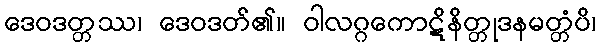
ဒေဝဒတ္တဿ၊ ဒေဝဒတ်၏။ ဝါလဂ္ဂကောဋိနိတ္တုဒနမတ္တံပိ၊